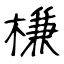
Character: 槏